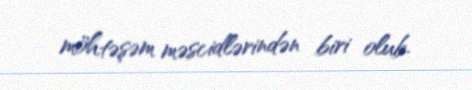
möhtəşəm məscidlərindən biri olub.